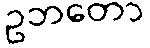
ဥဘတော